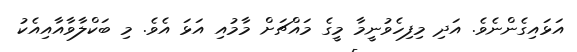
އަޅައިގެންނެވެ. އަދި މިފިހެވުނީމާ މީގެ މައްޗަށް މާމުއި އަޅަ އެވެ. މި ބަކްލާވާއާއިއެކު